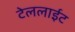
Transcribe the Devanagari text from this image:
टेललाईट